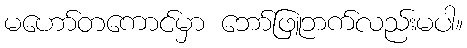
မဟော်တကောင်မှာ ဘော်ဖြူဘက်လည်းမပါ။